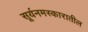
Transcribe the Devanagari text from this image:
सूर्यनमस्कारातील